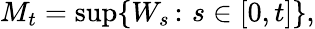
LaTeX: M_{t}=\operatorname*{sup}\{ W_{s}\, \colon\, s\in[0,t]\} ,